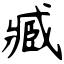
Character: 臧